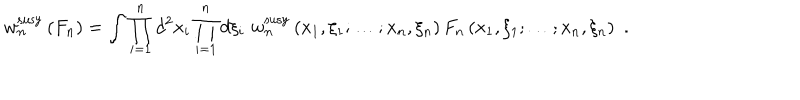
w _ { n } ^ { \mathrm { s u s y } } \left( F _ { n } \right) = \int \prod _ { i = 1 } ^ { n } d ^ { 2 } x _ { i } \prod _ { i = 1 } ^ { n } d \xi _ { i } \, \, w _ { n } ^ { \mathrm { s u s y } } \left( x _ { 1 } , \xi _ { 1 } ; \ldots ; x _ { n } , \xi _ { n } \right) F _ { n } \left( x _ { 1 } , \xi _ { 1 } ; \ldots ; x _ { n } , \xi _ { n } \right) \, \, .